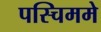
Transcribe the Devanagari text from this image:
पस्चिममे